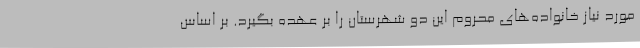
مورد نیاز خانواده‌های محروم این دو شهرستان را بر عهده بگیرد. بر اساس